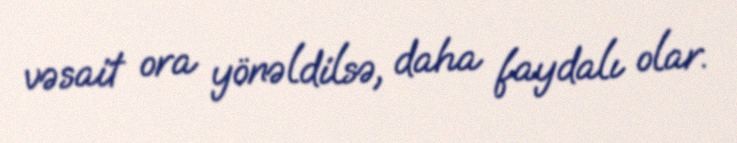
vəsait ora yönəldilsə, daha faydalı olar.